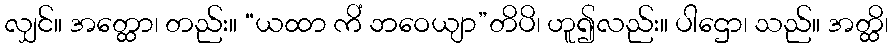
လျှင်။ အတ္ထော၊ တည်း။ “ယထာ ကိံ ဘဝေယျာ”တိပိ၊ ဟူ၍လည်း။ ပါဌော၊ သည်။ အတ္ထိ၊